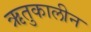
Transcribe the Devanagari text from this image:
ऋतुकालीन